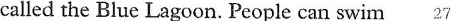
called the Blue Lagoon. People can swim 27